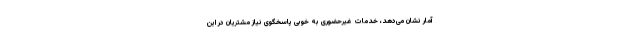
آمار نشان می‌دهد، خدمات غیرحضوری به خوبی پاسخگوی نیاز مشتریان در این